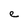
Character: e